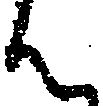
ん